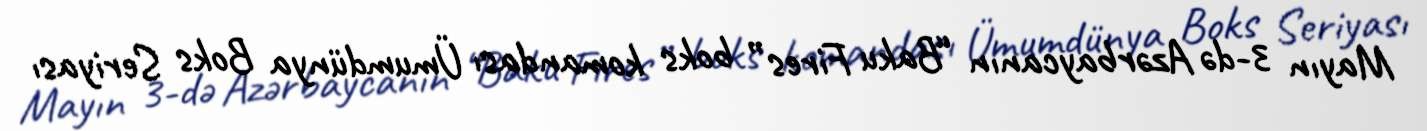
Mayın 3-də Azərbaycanın “Baku Fires” boks komandası Ümumdünya Boks Seriyası